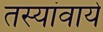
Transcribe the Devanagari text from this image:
तस्यांवाये